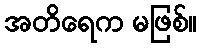
အတိရေက မဖြစ်။